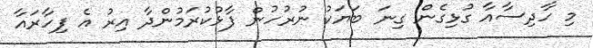
މި ހާދިސާއާ ގުޅިގެން ގިނަ ބަޔަކު ނުރުހުން ފާޅުކުރަމުންދާ އިރު އެ ފިހާރައާ